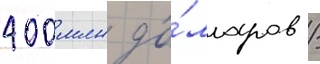
400 млн до́лларов /